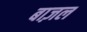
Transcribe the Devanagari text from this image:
बाज़ल